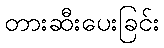
တားဆီးပေးခြင်း